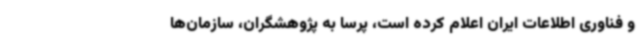
و فناوری اطلاعات ایران اعلام کرده است، پرسا به پژوهشگران، سازمان‌ها